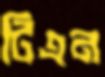
টিএন